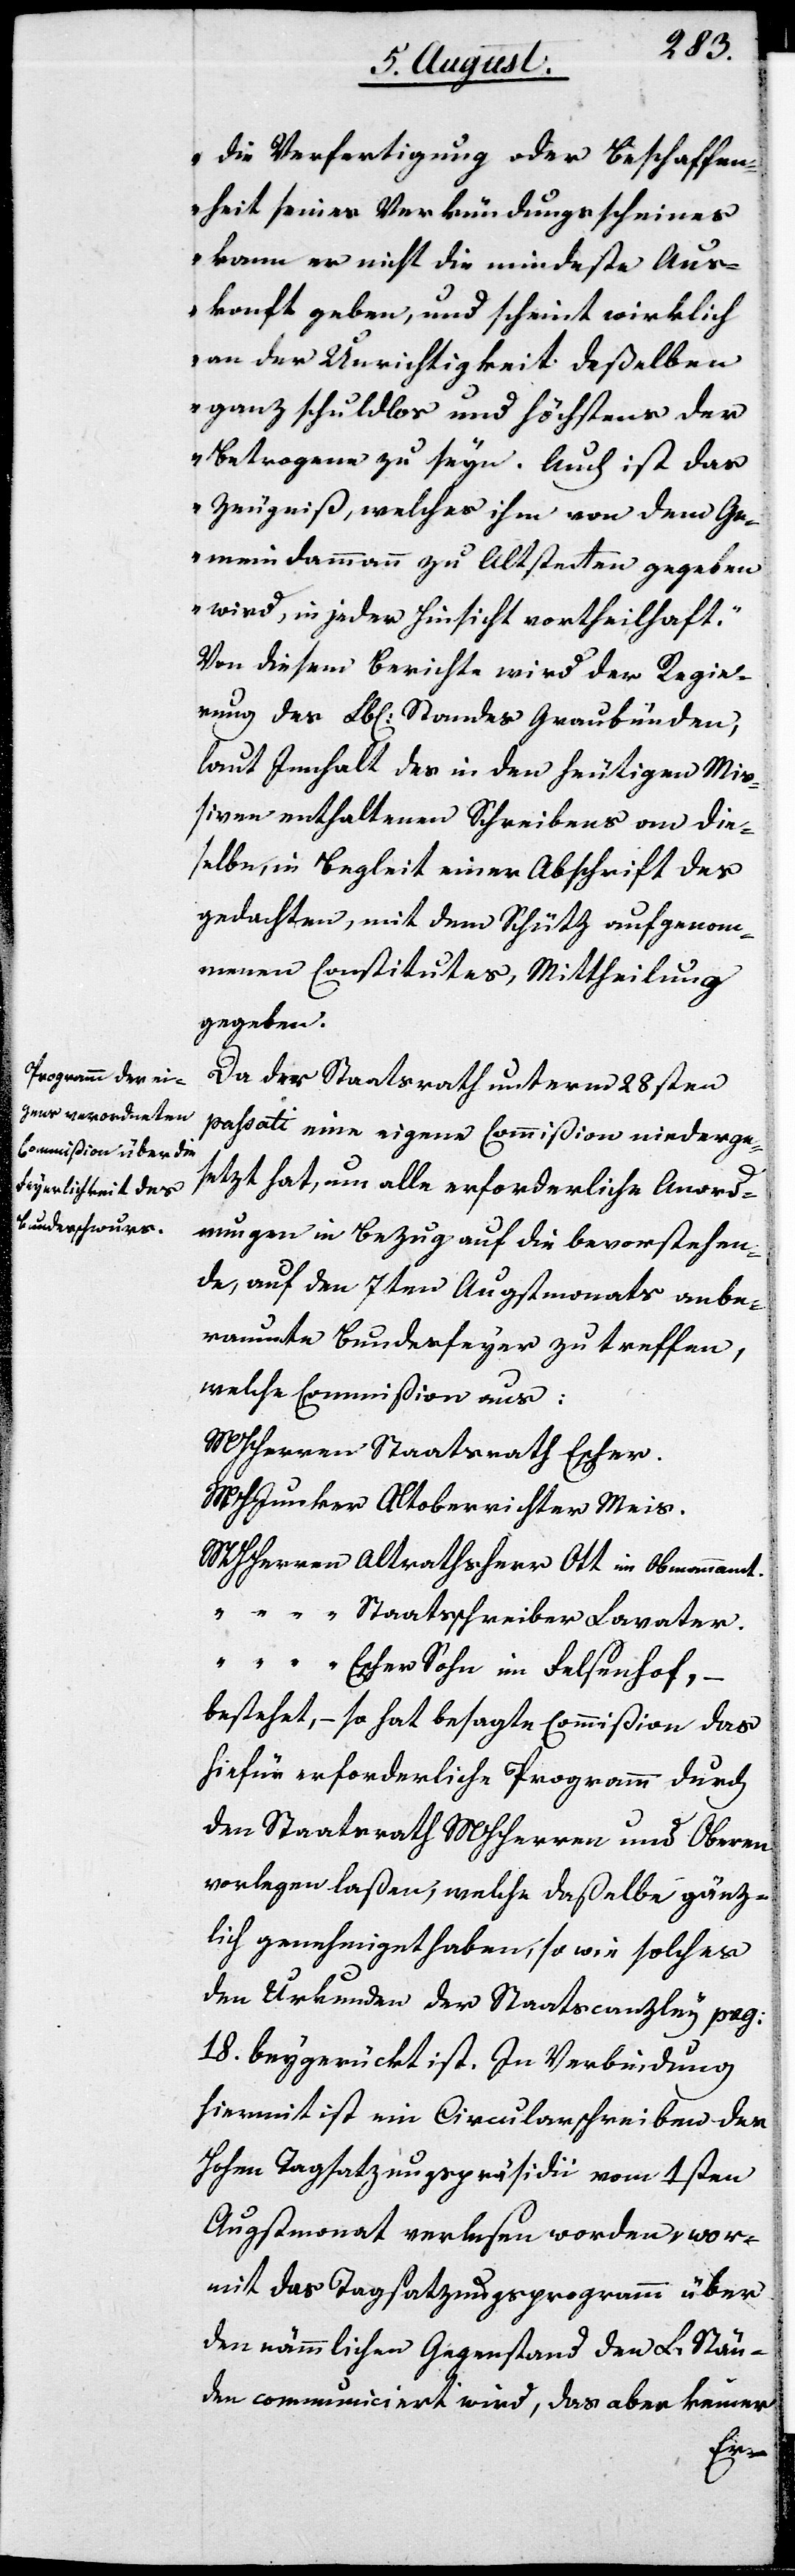
die Verfertigung oder Beschaffen¬
heit seines Verkündigungsscheines
kann er nicht die mindeste Aus¬
konft geben, und scheint wirklich
an der Unrichtigkeit deßelben
ganz schuldlos und höchstens der
Betrogene zu seyn. Auch ist das
Zeugniß, welches ihm von dem Ge¬
meindammann zu Altstetten gegeben
wird, in jeder Hinsicht vortheilhaft.“
Von diesem Berichte wird der Regie¬
rung des Lbl. Standes Graubünden,
laut Innhalt des in den heutigen Mi¬
ßiven enthaltenen Schreibens an die¬
selbe, in Begleit einer Abschrift des
gedachten, mit dem Schütz aufgenom¬
menen Constitutes, Mittheilung
gegeben.
Da der Staatsrath unterm 28sten
paßati eine eigene Commißion niederge¬
setzt hat, um alle erforderliche Anord¬
nungen in Bezug auf die bevorstehen¬
de, auf den 7ten Augstmonats anbe¬
raumte Bundesfeyer zu treffen,
welche Commißion aus:
MHHerren Staatsrath Escher.
MHJunker Altoberrichter Meis.
MHHerren Altrathsherr Ott im Obmannamt.
„ Staatsschreiber Lavater.
„ Escher Sohn im Felsenhof, –
bestehet, – so hat besagte Commißion das
hiefür erforderliche Programm durch
den Staatsrath MHHerren und Obern
vorlegen laßen, welche daßelbe gänz¬
lich genehmiget haben, so wie solches
den Urkunden der Staatscanzley pag:
18. beygerückt ist. In Verbindung
hiermit ist ein Circularschreiben des
Hohen Tagsatzungspräsidii vom 1sten
Augustmonath verlesen worden, wor¬
mit das Tagsatzungsprogramm über
den nämmlichen Gegenstand den L. Stän¬
den communiciert wird, das aber keiner